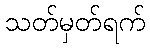
သတ်မှတ်ရက်